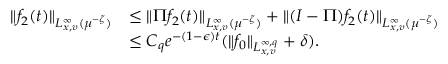
\begin{array} { r l } { \| f _ { 2 } ( t ) \| _ { L _ { x , v } ^ { \infty } ( \mu ^ { - \zeta } ) } } & { \leq \| \Pi f _ { 2 } ( t ) \| _ { L _ { x , v } ^ { \infty } ( \mu ^ { - \zeta } ) } + \| ( I - \Pi ) f _ { 2 } ( t ) \| _ { L _ { x , v } ^ { \infty } ( \mu ^ { - \zeta } ) } } \\ & { \leq C _ { q } e ^ { - ( 1 - \epsilon ) t } ( \| f _ { 0 } \| _ { L _ { x , v } ^ { \infty , q } } + \delta ) . } \end{array}